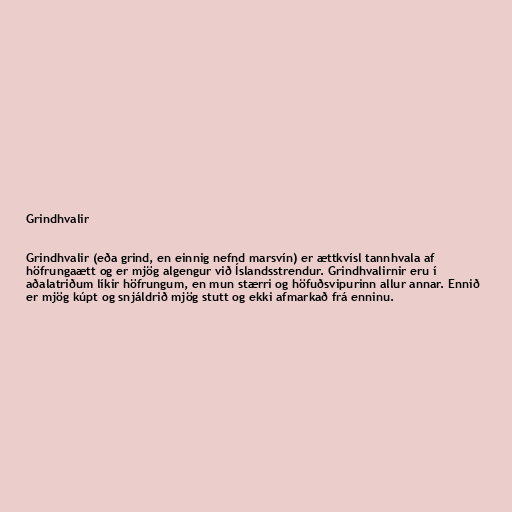
Grindhvalir

Grindhvalir (eða grind, en einnig nefnd marsvín) er ættkvísl tannhvala af
höfrungaætt og er mjög algengur við Íslandsstrendur. Grindhvalirnir eru í
aðalatriðum líkir höfrungum, en mun stærri og höfuðsvipurinn allur annar. Ennið
er mjög kúpt og snjáldrið mjög stutt og ekki afmarkað frá enninu.